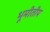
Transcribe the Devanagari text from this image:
भूमीतीय